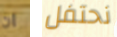
ان نحتفل